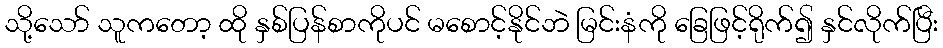
သို့သော် သူကတော့ ထို နှစ်ပြန်စာကိုပင် မစောင့်နိုင်ဘဲ မြင်းနံကို ခြေဖြင့်ရိုက်၍ နှင်လိုက်ပြီး